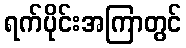
ရက်ပိုင်းအကြာတွင်